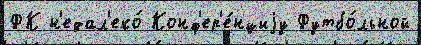
ФК н'едал'еко́ Конф'ер'е́нциjу Футбо́льной